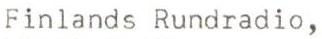
Finlands Rundradio,